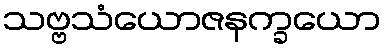
သဗ္ဗသံယောဇနက္ခယော